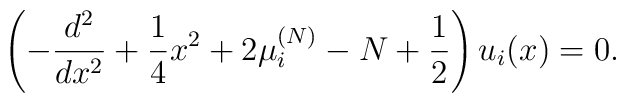
\left( -{d^2\over dx^2}+{1\over 4}x^2+2\mu_i^{(N)}-N+{1\over 2}\right)u_i(x)=0.